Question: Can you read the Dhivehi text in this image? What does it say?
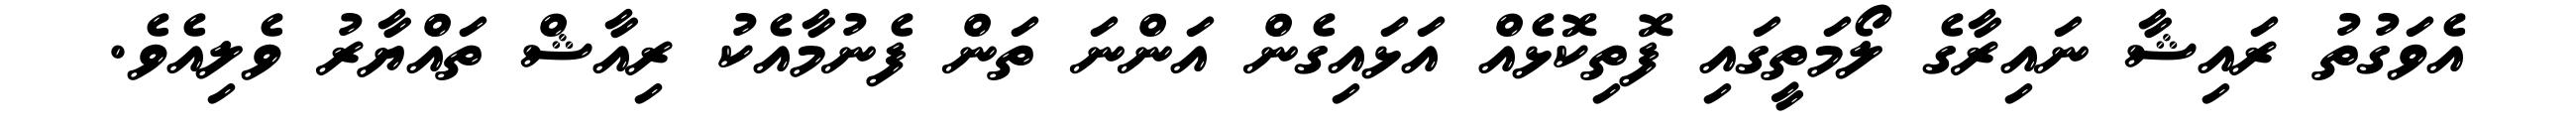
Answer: އެވަގުތު ރައިޝާ ނައިރާގެ ލޯމަތީގައި ފޮތިކޮޅެއް އަޅައިގެން އަންނަ ތަން ފެނުމާއެކު ރިއާޝް ތައްޔާރު ވެލިއެވެ.